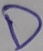
Text: D